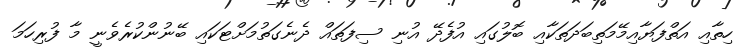
ހިތާއި އަތްފަޔާއިމޭމަތިބަދަތަކާއި ބޮލުގައި އުފެދޭ އުނި ސިފަތައް ދެނެގަތުމަށްޓަކައި ބޭނުންކުރެވެނީ މާ ފުރިހަމަ